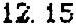
12.15